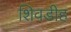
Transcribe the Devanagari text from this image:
शिवडीह